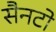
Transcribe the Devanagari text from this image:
सैनटो